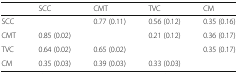
<table><thead><tr><td></td><td><b>SCC</b></td><td><b>CMT</b></td><td><b>TVC</b></td><td><b>CM</b></td></tr></thead><tbody><tr><td>SCC</td><td></td><td>0.77 (0.11)</td><td>0.56 (0.12)</td><td>0.35 (0.16)</td></tr><tr><td>CMT</td><td>0.85 (0.02)</td><td></td><td>0.21 (0.12)</td><td>0.36 (0.17)</td></tr><tr><td>TVC</td><td>0.64 (0.02)</td><td>0.65 (0.02)</td><td></td><td>0.35 (0.17)</td></tr><tr><td>CM</td><td>0.35 (0.03)</td><td>0.39 (0.03)</td><td>0.33 (0.03)</td><td></td></tr></tbody></table>